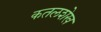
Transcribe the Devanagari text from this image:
कतलशेख